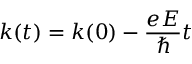
k ( t ) = k ( 0 ) - { \frac { e E } { \hbar } } t